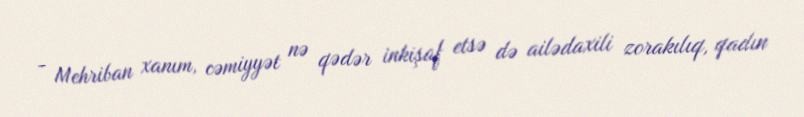
- Mehriban xanım, cəmiyyət nə qədər inkişaf etsə də ailədaxili zorakılıq, qadın